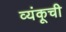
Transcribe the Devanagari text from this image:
व्यंकूची